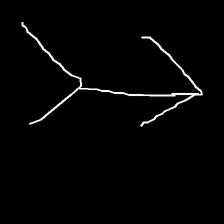
Glyph: gather